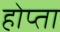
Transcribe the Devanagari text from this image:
होप्ता